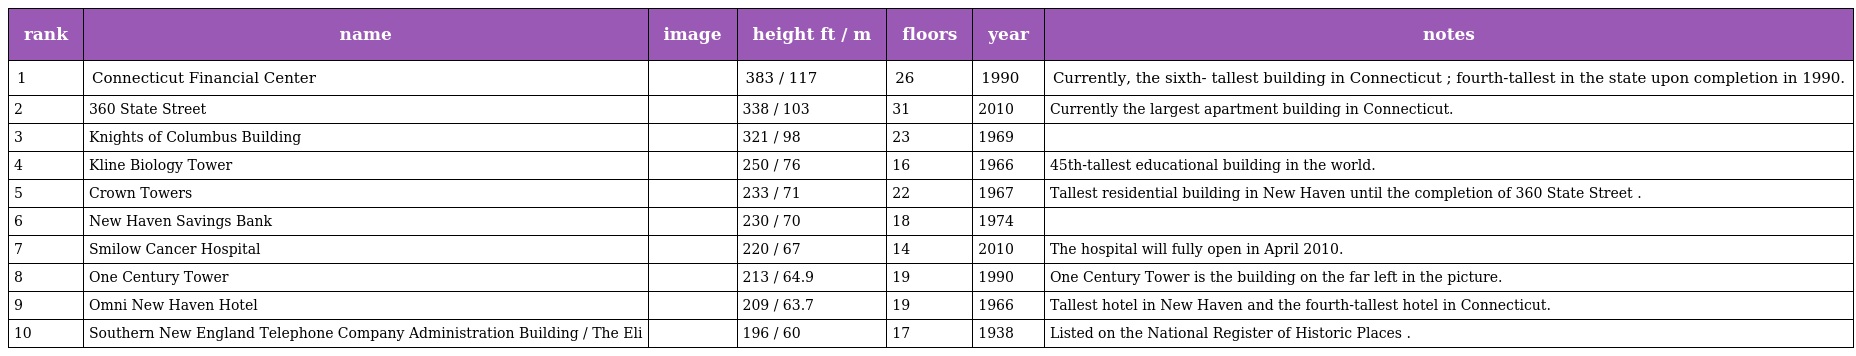
| rank | name | image | height ft / m | floors | year | notes |
 | --- | --- | --- | --- | --- | --- | --- |
 | 1 | Connecticut Financial Center |  | 383 / 117 | 26 | 1990 | Currently, the sixth- tallest building in Connecticut ; fourth-tallest in the state upon completion in 1990. |
 | 2 | 360 State Street |  | 338 / 103 | 31 | 2010 | Currently the largest apartment building in Connecticut. |
 | 3 | Knights of Columbus Building |  | 321 / 98 | 23 | 1969 |  |
 | 4 | Kline Biology Tower |  | 250 / 76 | 16 | 1966 | 45th-tallest educational building in the world. |
 | 5 | Crown Towers |  | 233 / 71 | 22 | 1967 | Tallest residential building in New Haven until the completion of 360 State Street . |
 | 6 | New Haven Savings Bank |  | 230 / 70 | 18 | 1974 |  |
 | 7 | Smilow Cancer Hospital |  | 220 / 67 | 14 | 2010 | The hospital will fully open in April 2010. |
 | 8 | One Century Tower |  | 213 / 64.9 | 19 | 1990 | One Century Tower is the building on the far left in the picture. |
 | 9 | Omni New Haven Hotel |  | 209 / 63.7 | 19 | 1966 | Tallest hotel in New Haven and the fourth-tallest hotel in Connecticut. |
 | 10 | Southern New England Telephone Company Administration Building / The Eli |  | 196 / 60 | 17 | 1938 | Listed on the National Register of Historic Places . |